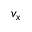
v _ { x }